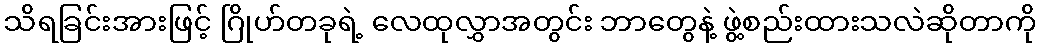
သိရခြင်းအားဖြင့် ဂြိုဟ်တခုရဲ့ လေထုလွှာအတွင်း ဘာတွေနဲ့ ဖွဲ့စည်းထားသလဲဆိုတာကို